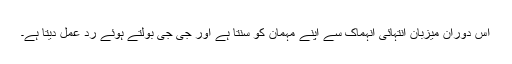
اس دوران میزبان انتہائی انہماک سے اپنے مہمان کو سنتا ہے اور جی جی بولتے ہوئے ردِ عمل دیتا ہے۔